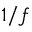
1 / f